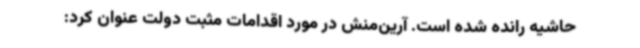
حاشیه رانده شده است. آرین‌منش در مورد اقدامات مثبت دولت عنوان کرد: